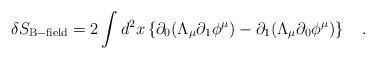
LaTeX: \begin{align*}\delta S_{\rm B-field} = 2 \int d^2x \left\{ \partial_0 (\Lambda_\mu\partial_1 \phi^\mu) - \partial_1 (\Lambda_\mu \partial_0 \phi^\mu) \right\}\quad.\end{align*}